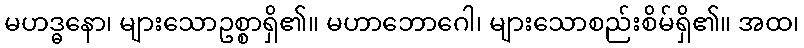
မဟဒ္ဓနော၊ များသောဥစ္စာရှိ၏။ မဟာဘောဂေါ၊ များသောစည်းစိမ်ရှိ၏။ အထ၊